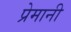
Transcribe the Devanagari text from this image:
प्रेमानी